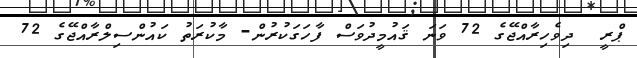
ޕްރީ  ދިވެހިރާއްޖޭގެ 72 ވަނަ ޤައުމީދުވަސް ފާހަގަކުރުން- މާކުރަތު ކައުންސިލްރާއްޖޭގެ 72